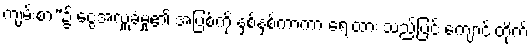
ကျမ်းစာ”၌ ငွေအလှူခံမှု၏ အပြစ်ကို နှစ်နှစ်ကာကာ ရေးထား သည့်ပြင် ကျောင်းတိုက်